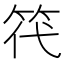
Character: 笩